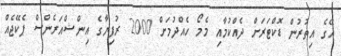
އޭގެ އިތުރުން ޑޮކްޓަރަށް ދެއްކުމާއި މެމޯ ހެއްދުމަށް 2000 ރުފިޔާގެ އިންޝްއަރެންސް ޕެކޭޖެއް